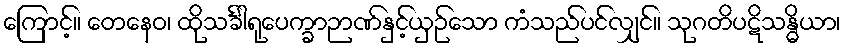
ကြောင့်။ တေနေဝ၊ ထိုသင်္ခါရုပေက္ခာဉာဏ်နှင့်ယှဉ်သော ကံသည်ပင်လျှင်။ သုဂတိပဋိသန္ဓိယာ၊